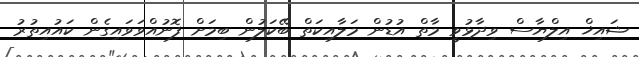
ޝައިޚް އިލްޔާސް ވިދާޅުވީ މާތް އުޑުން މަލާއިކަތް ބޭކަލުން ބިމަށް ފޮނުއްވަވައިގެން ކައުއިތުރު